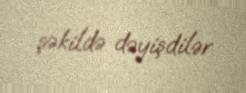
şəkildə dəyişdilər.